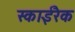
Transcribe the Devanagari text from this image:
स्काईरैक